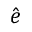
\hat { \boldsymbol { e } }